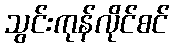
သွင်းကုန်လိုင်စင်